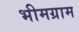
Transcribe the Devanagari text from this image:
भीमग्राम